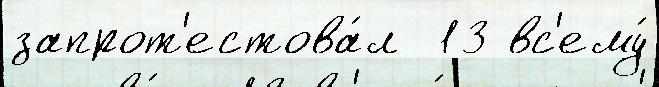
запрот'естова́л  13 вс'ему́